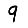
Digit: 9